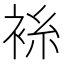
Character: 𫋼